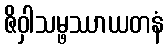
ဇိဝှါသမ္ဖဿာယတနံ